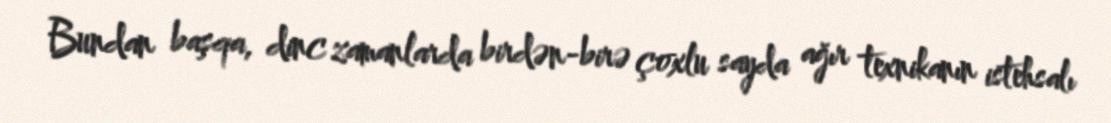
Bundan başqa, dinc zamanlarda birdən-birə çoxlu sayda ağır texnikanın istehsalı